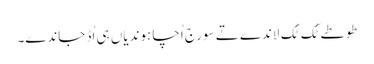
طوطے ٹُک ٹُک لاندے تے سورج اُچا ہوندیاں ہی اُڈ جاندے۔